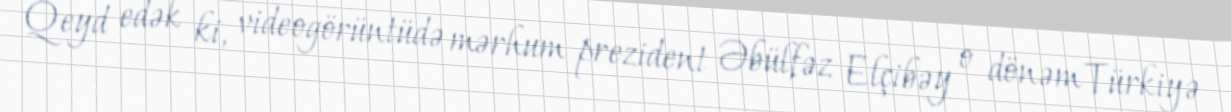
Qeyd edək ki, videogörüntüdə mərhum prezident Əbülfəz Elçibəy o dönəm Türkiyə